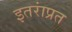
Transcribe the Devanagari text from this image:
इतरांप्रत